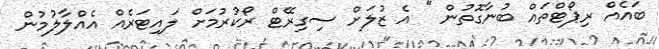
ބައެއް ރިޕޯޓްތައް ބުނާގޮތުން " އެ ޒުލަށް ސިގިރޭޓް ރޯކުރުމަށް ލައިޓަރެއް އެއްލާލުމުން